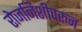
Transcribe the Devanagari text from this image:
रोजनिशीवरून